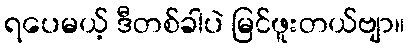
ရပေမယ့် ဒီတစ်ခါပဲ မြင်ဖူးတယ်ဗျာ။